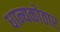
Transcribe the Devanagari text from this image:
धान्यकोठार